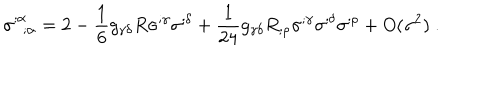
\sigma _ { ~ ~ ; \alpha } ^ { ; \alpha } = 2 - \frac { 1 } { 6 } g _ { \gamma \delta } R \sigma ^ { ; \gamma } \sigma ^ { ; \delta } + \frac { 1 } { 2 4 } g _ { \gamma \delta } R _ { ; \rho } \sigma ^ { ; \gamma } \sigma ^ { ; \delta } \sigma ^ { ; \rho } + O ( \sigma ^ { 2 } ) ~ .